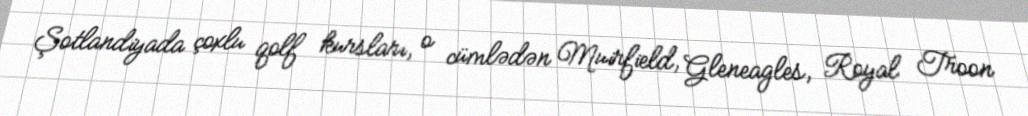
Şotlandiyada çoxlu qolf kursları, o cümlədən Muirfield, Gleneagles, Royal Troon